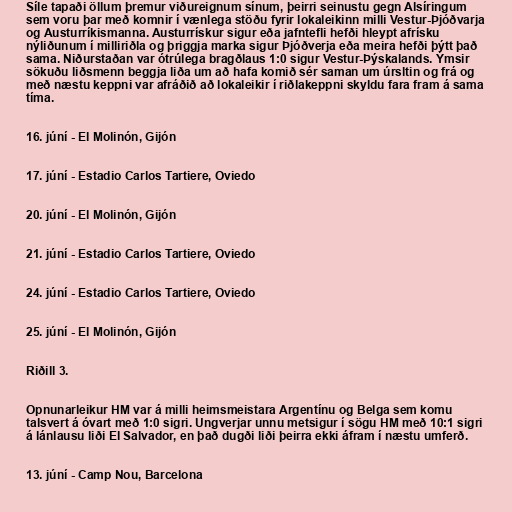
Síle tapaði öllum þremur viðureignum sínum, þeirri seinustu gegn Alsíringum
sem voru þar með komnir í vænlega stöðu fyrir lokaleikinn milli Vestur-Þjóðvarja
og Austurríkismanna. Austurrískur sigur eða jafntefli hefði hleypt afrísku
nýliðunum í milliriðla og þriggja marka sigur Þjóðverja eða meira hefði þýtt það
sama. Niðurstaðan var ótrúlega bragðlaus 1:0 sigur Vestur-Þýskalands. Ýmsir
sökuðu liðsmenn beggja liða um að hafa komið sér saman um úrsltin og frá og
með næstu keppni var afráðið að lokaleikir í riðlakeppni skyldu fara fram á sama
tíma.

16. júní - El Molinón, Gijón

17. júní - Estadio Carlos Tartiere, Oviedo

20. júní - El Molinón, Gijón

21. júní - Estadio Carlos Tartiere, Oviedo

24. júní - Estadio Carlos Tartiere, Oviedo

25. júní - El Molinón, Gijón

Riðill 3.

Opnunarleikur HM var á milli heimsmeistara Argentínu og Belga sem komu
talsvert á óvart með 1:0 sigri. Ungverjar unnu metsigur í sögu HM með 10:1 sigri
á lánlausu liði El Salvador, en það dugði liði þeirra ekki áfram í næstu umferð.

13. júní - Camp Nou, Barcelona